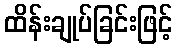
ထိန်းချုပ်ခြင်းဖြင့်